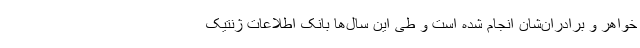
خواهر و برادران‌شان انجام شده است و طی این سال‌ها بانک اطلاعات ژنتیک